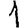
Digit: 1